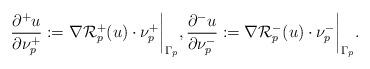
LaTeX: \begin{align*}\frac{\partial^+ u}{\partial \nu_p^+} := \nabla \mathcal{R}_p^+(u)\cdot \nu_p^+\bigg|_{\Gamma_p}, \frac{\partial^- u}{\partial \nu_p^-} := \nabla \mathcal{R}_p^-(u)\cdot \nu_p^-\bigg|_{\Gamma_p}.\end{align*}